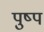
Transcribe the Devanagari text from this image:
पुष्प